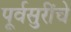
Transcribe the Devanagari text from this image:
पूर्वसुरींचे